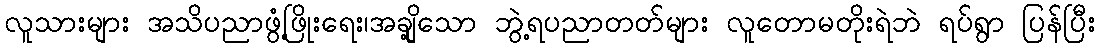
လူသားများ အသိပညာဖွံ့ဖြိုးရေး၊အချို့သော ဘွဲ့ရပညာတတ်များ လူတောမတိုးရဲဘဲ ရပ်ရွာ ပြန်ပြီး